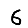
Digit: 6